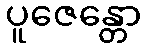
ပူဇေန္တော